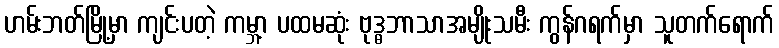
ဟမ်းဘတ်မြို့မှာ ကျင်းပတဲ့ ကမ္ဘာ့ ပထမဆုံး ဗုဒ္ဓဘာသာအမျိုးသမီး ကွန်ဂရက်မှာ သူတက်ရောက်